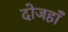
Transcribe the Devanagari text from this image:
दोजहाँ